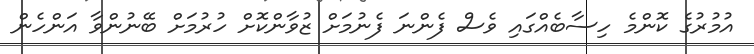
އުމުރުގެ ކޮންމެ ހިސާބެއްގައި ވެސް ފެންނަ ފެނުމަށް ޒުވާންކޮށް ހުރުމަށް ބޭނުންވާ އަންހެން